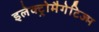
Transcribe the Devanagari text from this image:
इलेक्ट्रोमैगेटिज्म